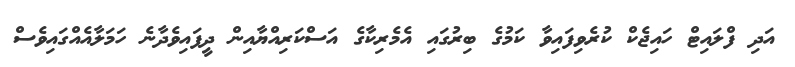
އަދި ފްލައިޓް ހައިޖެކް ކުރެވިފައިވާ ކަމުގެ ބިރުގައި އެމެރިކާގެ އަސްކަރިއްޔާއިން ދީފައިވެދާނެ ހަމަލާއެއްގައިވެސް